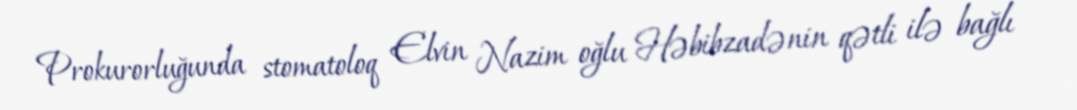
Prokurorluğunda stomatoloq Elvin Nazim oğlu Həbibzadənin qətli ilə bağlı